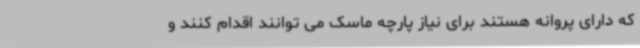
که دارای پروانه هستند برای نیاز پارچه ماسک می توانند اقدام کنند و